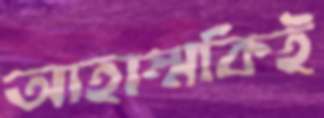
আহাম্মকিই